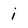
Character: i